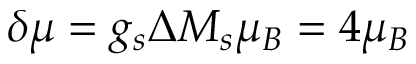
\delta \mu = g _ { s } \Delta M _ { s } \mu _ { B } = 4 \mu _ { B }